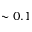
\sim 0 . 1